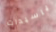
ياسيدات